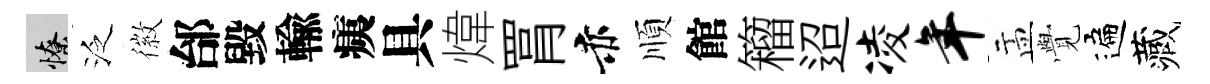
憭泛徽邰毀輸痍具煒罥赤順館籕迢凌年盂𮗜遍藏